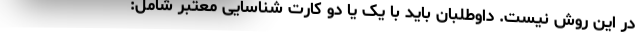
در این روش نیست. داوطلبان باید با یک یا دو کارت شناسایی معتبر شامل: